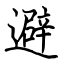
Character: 避